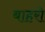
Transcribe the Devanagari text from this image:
बाहरो